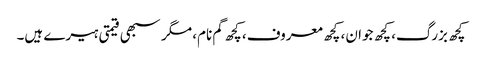
کچھ بزرگ، کچھ جوان، کچھ معروف، کچھ گم نام، مگر سبھی قیمتی ہیرے ہیں۔